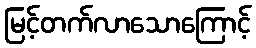
မြင့်တက်လာသောကြောင့်